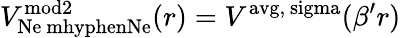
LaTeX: V_{\mathrm{Ne\ mhyphenNe}}^{\mathrm{mod2}}(r)=V^{\mathrm{avg,\ sigma}}(\beta^{\prime}r)